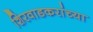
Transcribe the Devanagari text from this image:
शिरवाडकरांच्या